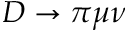
D \to \pi \mu \nu